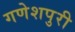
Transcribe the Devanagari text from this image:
गणेशपुरी